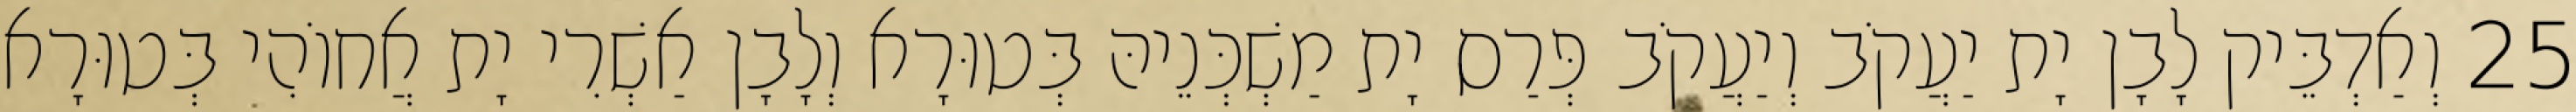
25 וְאַדְבֵּיק לָבָן יָת יַעֲקֹב וְיַעֲקֹב פְּרַס יָת מַשְׁכְּנֵיהּ בְּטוּרָא וְלָבָן אַשְׁרִי יָת אֲחוֹהִי בְּטוּרָא